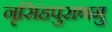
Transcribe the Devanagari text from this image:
नृसिंहपुराणमु